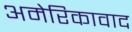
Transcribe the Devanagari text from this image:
अमेरिकावाद